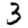
Digit: 3